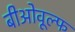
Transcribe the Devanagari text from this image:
बीओवूल्फ